NAE_ERA_R-1590_ENSV_Riiklik_Televisiooni-_ja_Raadiokomitee, lk 4
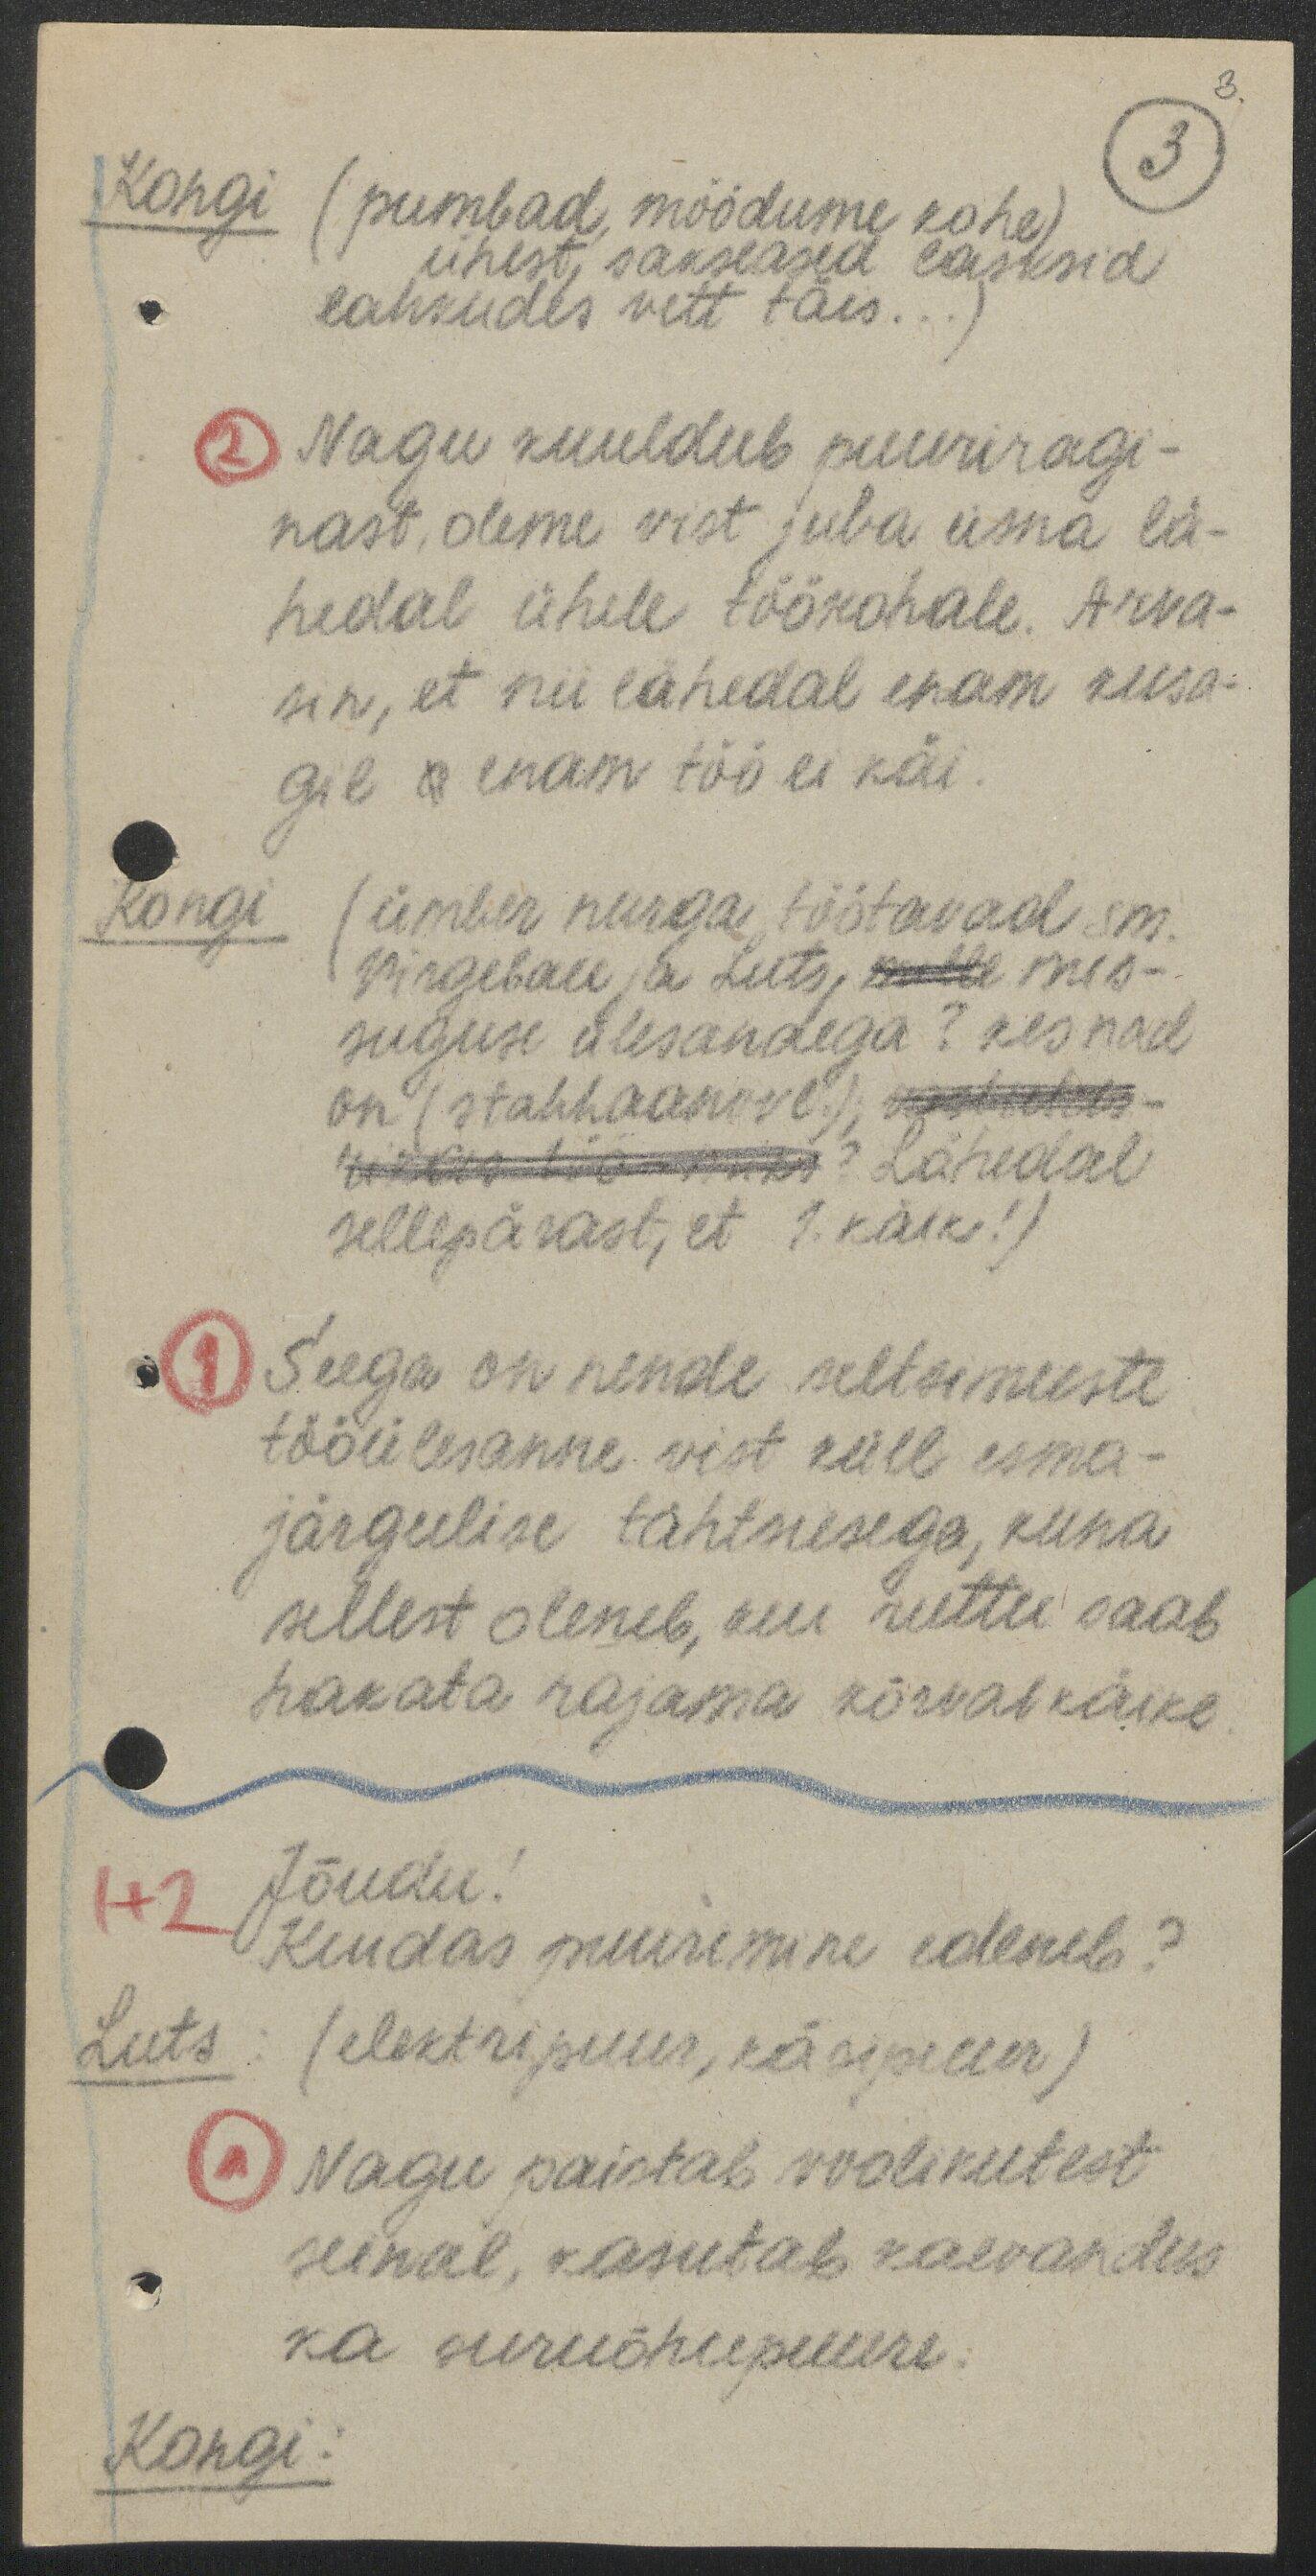
3.
3
Kongi (pumbad, möödume kohe)
ühest, sakslased lasksid
lahkudes vett täis...)
2 Nagu kuuldub puuriragi-
nast, oleme vist juba üsna lä-
hedal ühele töökohale. Arva-
sin, et nii lähedal enam kusa-
gil a enam töö ei käi.
Kongi (ümber nurga töötavad sm.
Virgebau ja Luts, mulle mis-
suguse ülesandega? kes nad
on (stahhaanovl.); vastutus-
rikas töö - miks? Lähedal
sellepärast, et 1. käik! )
1 Seega on nende seltsimeeste
tööülesanne vist küll esma-
järgulise tähtsusega, kuna
sellest oleneb, kui ruttu saab
hakata rajama kõrvalkäike.
1+2 Jõudu!
Kuidas puurimine edeneb?
Luts: (elektripuur, käsipuur)
1 Nagu paistab voolikutest
seinal, kasutab kaevandus
ka suruõhupuure.
Kongi: